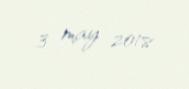
3 may 2018